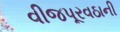
વીજપૂરવઠાની